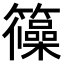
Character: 𮆺